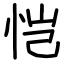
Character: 恺